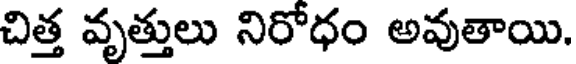
చిత్త వృత్తులు నిరోధం అవుతాయి.